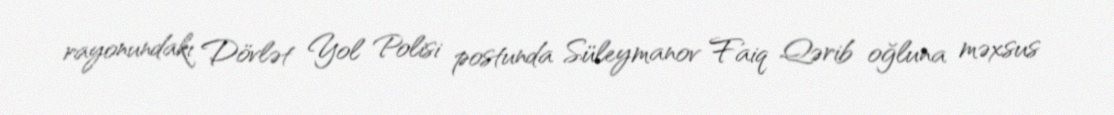
rayonundakı Dövlət Yol Polisi postunda Süleymanov Faiq Qərib oğluna məxsus